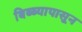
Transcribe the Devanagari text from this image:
बिब्ब्यापासून